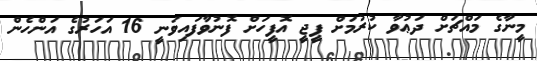
މީނާގެ މައްޗަށް ދަޢުވާ ކުރުމަށް ޕީޖީ އޮފީހަށް ފޮނުވާފައިވަނީ 16 އަހަރުގެ އަންހެން